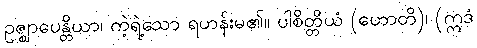
ဥဇ္ဈာပေန္တိယာ၊ ကဲ့ရဲ့သော ရဟန်းမ၏။ ပါစိတ္တိယံ (ဟောတိ)၊ (ဣဒံ